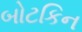
બોટકિન